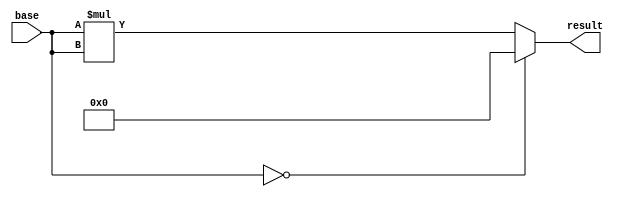
`timescale 1ns / 1ps
//////////////////////////////////////////////////////////////////////////////////
// Company: 
// Engineer: 
// 
// Design Name: 
// Module Name:    Power_root2 
// Project Name: 
// Target Devices: 
// Tool versions: 
// Description: 
//
// Dependencies: 
//
// Revision: 
// Revision 0.01 - File Created
// Additional Comments: 
//
//////////////////////////////////////////////////////////////////////////////////
module Power_root2(
    input [3:0] base,
    output [7:0] result
    );


	reg [7:0] bs = 8'b00000000;
	always@(base)begin
		bs = base; 
		if (base == 0)begin 
				bs = 8'b00000000; 	
			end
		else
			bs = bs * bs;
		
	end
	
	assign result = bs;

endmodule